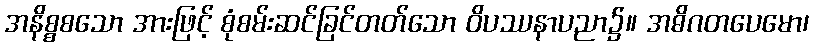
အနိစ္စစသော အားဖြင့် စုံစမ်းဆင်ခြင်တတ်သော ဝိပဿနာပညာ၌။ အဓိဂတပေမော၊